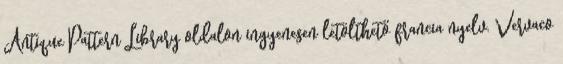
Antique Pattern Library oldalon ingyenesen letölthető francia nyelv. Vervaco